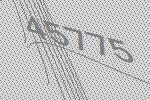
45775